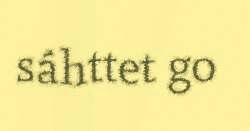
sáhttet go